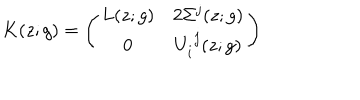
K ( z ; g ) = \left( \begin{array} { c c } { { L ( z ; g ) } } & { { 2 \Sigma ^ { j } ( z ; g ) } } \\ { { 0 } } & { { U _ { i } ^ { ~ j } ( z ; g ) } } \\ \end{array} \right)